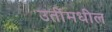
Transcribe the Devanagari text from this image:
उतींमधील